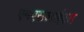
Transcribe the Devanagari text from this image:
एमएसआईएल